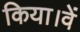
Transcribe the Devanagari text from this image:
किया।वें